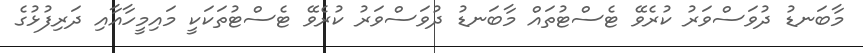
މާބަނޑު ދުވަސްވަރު ކުރެވޭ ޓެސްޓުތައް މާބަނޑު ދުވަސްވަރު ކުރެވޭ ޓެސްޓުތަކަކީ މައިމީހާއާއި ދަރިފުޅުގެ